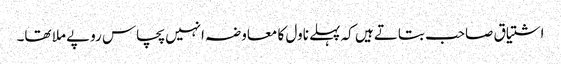
اشتیاق صاحب بتاتے ہیں کہ پہلے ناول کا معاوضہ انہیں پچاس روپے ملا تھا۔